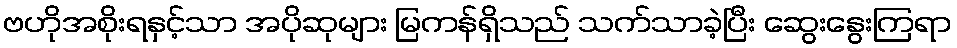
ဗဟိုအစိုးရနှင့်သာ အပိုဆုများ မြကန်ရှိသည် သက်သာခဲ့ပြီး ဆွေးနွေးကြရာ